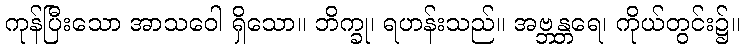
ကုန်ပြီးသော အာသဝေါ ရှိသော။ ဘိက္ခု၊ ရဟန်းသည်။ အဗ္ဘန္တရေ၊ ကိုယ်တွင်း၌။